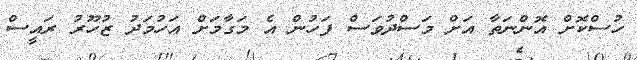
ހުސްކޮށް އޮންނަތާ އަށް މަސްދުވަސް ފަހުން އެ މަގާމަށް އަހުމަދު ޒުހޫރު ރައީސް